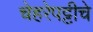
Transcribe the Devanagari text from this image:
चेहरेपट्टीचे